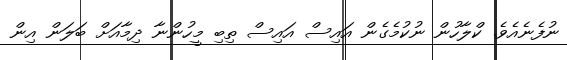
ނުފެނެއެވެ. ކްލާހުން ނުކުމެގެން އައިސް އައިސް ތިބި މީހުންނާ ދިމާއަށް ބަލަން އިން